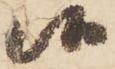
候